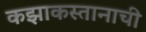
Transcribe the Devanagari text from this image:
कझाकस्तानाची